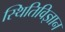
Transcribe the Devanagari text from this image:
स्थितिविज्ञान